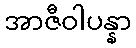
အာဇီဝါပန္နာ